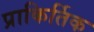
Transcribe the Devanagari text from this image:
प्राकिर्तिक